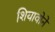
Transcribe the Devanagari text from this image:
शियावोने